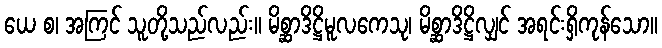
ယေ စ၊ အကြင် သူတို့သည်လည်း။ မိစ္ဆာဒိဋ္ဌိမူလကေသု၊ မိစ္ဆာဒိဋ္ဌိလျှင် အရင်းရှိကုန်သော။